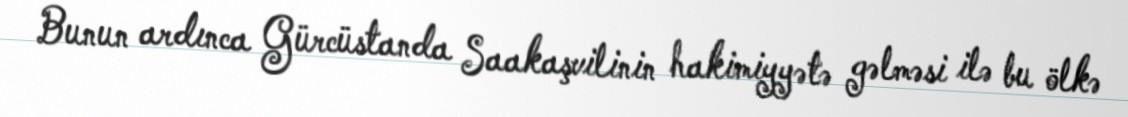
Bunun ardınca Gürcüstanda Saakaşvilinin hakimiyyətə gəlməsi ilə bu ölkə